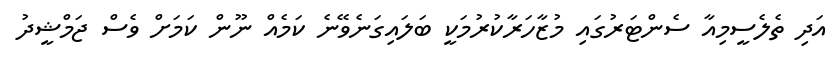
އަދި ތެލެސީމިއާ ސެންޓަރުގައި މުޒާހަރާކުރުމަކީ ބަލައިގަނެވޭނެ ކަމެއް ނޫން ކަމަށް ވެސް ޖަމްޝީދު